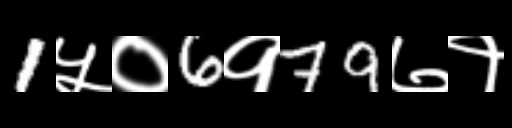
Text: 1५०6१79७१